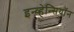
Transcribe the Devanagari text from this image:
इन्व्हेन्सियॉन